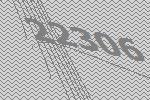
22306